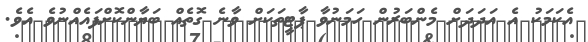
އެކަމަކު އެ އަދަދަށް މެންބަރުން ހަމަނުވާ ޕާޓީތަކަށް ވާނެ ގޮތެއް ބަޔާންކޮށްފައެއްނުވެ އެވެ.